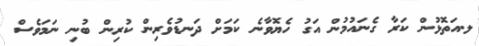
ލ.އަތޮޅުން ކަރާ ގެނައުމުން އަގު ހެޔޮވާނެ ކަމަށް ދަނޑުވެރިން ކުރިން ބުނި ނަމަވެސް